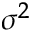
\sigma ^ { 2 }